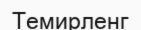
Темирленг